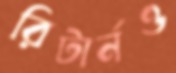
রিটার্নও